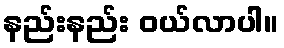
နည်းနည်း ဝယ်လာပါ။